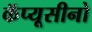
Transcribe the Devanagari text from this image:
कॅप्यूसीनो